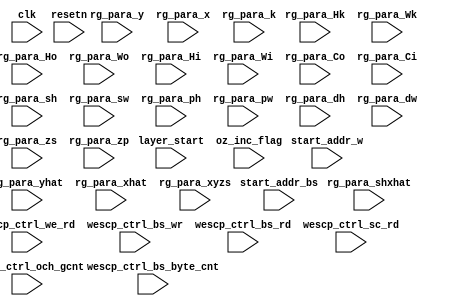
// Generator : SpinalHDL v1.7.0    git head : eca519e78d4e6022e34911ec300a432ed9db8220
// Component : weight_scheduler
// Git hash  : 4cf7f97c71a2bf6b231eea3b8cc7534ce901135c

`timescale 1ns/1ps

module weight_scheduler (
  input               layer_start,
  input      [7:0]    start_addr_bs,
  input      [7:0]    start_addr_w,
  input               oz_inc_flag,
  input               wescp_ctrl_we_rd,
  input               wescp_ctrl_bs_wr,
  input               wescp_ctrl_bs_rd,
  input               wescp_ctrl_sc_rd,
  input      [2:0]    wescp_ctrl_bs_byte_cnt,
  input      [3:0]    wescp_ctrl_och_gcnt,
  input      [5:0]    rg_para_yhat,
  input      [5:0]    rg_para_xhat,
  input      [5:0]    rg_para_y,
  input      [5:0]    rg_para_x,
  input      [7:0]    rg_para_Hk,
  input      [7:0]    rg_para_Wk,
  input      [7:0]    rg_para_Ho,
  input      [7:0]    rg_para_Wo,
  input      [7:0]    rg_para_Hi,
  input      [7:0]    rg_para_Wi,
  input      [7:0]    rg_para_Co,
  input      [7:0]    rg_para_Ci,
  input      [3:0]    rg_para_sh,
  input      [3:0]    rg_para_sw,
  input      [3:0]    rg_para_ph,
  input      [3:0]    rg_para_pw,
  input      [3:0]    rg_para_dh,
  input      [3:0]    rg_para_dw,
  input      [3:0]    rg_para_zs,
  input      [3:0]    rg_para_zp,
  input      [3:0]    rg_para_k,
  input      [5:0]    rg_para_shxhat,
  input      [6:0]    rg_para_xyzs,
  input               clk,
  input               resetn
);
  localparam IDLE = 2'd0;
  localparam LOAD_BS = 2'd1;
  localparam FIRST_FETCH = 2'd2;
  localparam PRE_FETCH = 2'd3;

  wire       [7:0]    kz_cnt;
  wire                kz_this_ov;
  wire                kz_reach_th;
  wire       [7:0]    hki_cnt;
  wire                hki_this_ov;
  wire                hki_reach_th;
  wire       [7:0]    wki_cnt;
  wire                wki_this_ov;
  wire                wki_reach_th;
  wire       [3:0]    ozi_cnt;
  wire                ozi_this_ov;
  wire                ozi_reach_th;
  wire       [6:0]    bs_cnt_cnt;
  wire                bs_cnt_this_ov;
  wire                bs_cnt_reach_th;
  wire       [6:0]    tmp_bs_cnt_th;
  wire       [6:0]    tmp_bs_cnt_th_1;
  wire       [6:0]    tmp_bs_cnt_th_2;
  wire                weight_fetch_work;
  wire                kz_sigs_inc;
  wire                kz_sigs_this_ov;
  wire                kz_sigs_reach_th;
  wire                hki_sigs_inc;
  wire                hki_sigs_this_ov;
  wire                hki_sigs_reach_th;
  wire                wki_sigs_inc;
  wire                wki_sigs_this_ov;
  wire                wki_sigs_reach_th;
  wire                ozi_sigs_inc;
  wire                ozi_sigs_this_ov;
  wire                ozi_sigs_reach_th;
  reg                 isfirst;
  wire       [6:0]    bs_cnt_th;
  reg                 bias_scale_fetch_work;
  wire                bs_ozi_sigs_inc;
  wire                bs_ozi_sigs_this_ov;
  wire                bs_ozi_sigs_reach_th;
  wire                bs_load_end;
  wire                fsm_wantExit;
  wire                fsm_wantStart;
  wire                fsm_wantKill;
  reg        [1:0]    fsm_curr_state;
  reg        [1:0]    fsm_next_state;
  `ifndef SYNTHESIS
  reg [87:0] fsm_curr_state_string;
  reg [87:0] fsm_next_state_string;
  `endif


  assign tmp_bs_cnt_th = {3'd0, rg_para_zs};
  assign tmp_bs_cnt_th_1 = (tmp_bs_cnt_th_2 <<< 2);
  assign tmp_bs_cnt_th_2 = {3'd0, rg_para_zs};
  counter kz (
    .step      (8'h01          ), //i
    .threshold (rg_para_Ci[7:0]), //i
    .inc_en    (kz_sigs_inc    ), //i
    .cnt       (kz_cnt[7:0]    ), //o
    .this_ov   (kz_this_ov     ), //o
    .reach_th  (kz_reach_th    ), //o
    .clk       (clk            ), //i
    .resetn    (resetn         )  //i
  );
  counter hki (
    .step      (8'h01          ), //i
    .threshold (rg_para_Hk[7:0]), //i
    .inc_en    (hki_sigs_inc   ), //i
    .cnt       (hki_cnt[7:0]   ), //o
    .this_ov   (hki_this_ov    ), //o
    .reach_th  (hki_reach_th   ), //o
    .clk       (clk            ), //i
    .resetn    (resetn         )  //i
  );
  counter wki (
    .step      (8'h01          ), //i
    .threshold (rg_para_Wk[7:0]), //i
    .inc_en    (wki_sigs_inc   ), //i
    .cnt       (wki_cnt[7:0]   ), //o
    .this_ov   (wki_this_ov    ), //o
    .reach_th  (wki_reach_th   ), //o
    .clk       (clk            ), //i
    .resetn    (resetn         )  //i
  );
  counter_3 ozi (
    .step      (4'b0001        ), //i
    .threshold (rg_para_zs[3:0]), //i
    .inc_en    (ozi_sigs_inc   ), //i
    .cnt       (ozi_cnt[3:0]   ), //o
    .this_ov   (ozi_this_ov    ), //o
    .reach_th  (ozi_reach_th   ), //o
    .clk       (clk            ), //i
    .resetn    (resetn         )  //i
  );
  counter_4 bs_cnt (
    .step      (7'h01          ), //i
    .threshold (bs_cnt_th[6:0] ), //i
    .inc_en    (bs_ozi_sigs_inc), //i
    .cnt       (bs_cnt_cnt[6:0]), //o
    .this_ov   (bs_cnt_this_ov ), //o
    .reach_th  (bs_cnt_reach_th), //o
    .clk       (clk            ), //i
    .resetn    (resetn         )  //i
  );
  `ifndef SYNTHESIS
  always @(*) begin
    case(fsm_curr_state)
      IDLE : fsm_curr_state_string = "IDLE       ";
      LOAD_BS : fsm_curr_state_string = "LOAD_BS    ";
      FIRST_FETCH : fsm_curr_state_string = "FIRST_FETCH";
      PRE_FETCH : fsm_curr_state_string = "PRE_FETCH  ";
      default : fsm_curr_state_string = "???????????";
    endcase
  end
  always @(*) begin
    case(fsm_next_state)
      IDLE : fsm_next_state_string = "IDLE       ";
      LOAD_BS : fsm_next_state_string = "LOAD_BS    ";
      FIRST_FETCH : fsm_next_state_string = "FIRST_FETCH";
      PRE_FETCH : fsm_next_state_string = "PRE_FETCH  ";
      default : fsm_next_state_string = "???????????";
    endcase
  end
  `endif

  assign kz_sigs_inc = hki_sigs_this_ov;
  assign hki_sigs_inc = wki_sigs_this_ov;
  assign wki_sigs_inc = ozi_sigs_this_ov;
  assign ozi_sigs_inc = weight_fetch_work;
  assign kz_sigs_this_ov = kz_this_ov;
  assign kz_sigs_reach_th = kz_reach_th;
  assign hki_sigs_this_ov = hki_this_ov;
  assign hki_sigs_reach_th = hki_reach_th;
  assign wki_sigs_this_ov = wki_this_ov;
  assign wki_sigs_reach_th = wki_reach_th;
  assign ozi_sigs_this_ov = ozi_this_ov;
  assign ozi_sigs_reach_th = ozi_reach_th;
  assign bs_ozi_sigs_inc = bias_scale_fetch_work;
  assign bs_cnt_th = (tmp_bs_cnt_th + tmp_bs_cnt_th_1);
  assign bs_ozi_sigs_this_ov = bs_cnt_this_ov;
  assign bs_ozi_sigs_reach_th = bs_cnt_reach_th;
  assign bs_load_end = bs_cnt_this_ov;
  assign fsm_wantExit = 1'b0;
  assign fsm_wantStart = 1'b0;
  assign fsm_wantKill = 1'b0;
  always @(*) begin
    fsm_next_state = fsm_curr_state;
    case(fsm_curr_state)
      LOAD_BS : begin
        if(bs_load_end) begin
          fsm_next_state = FIRST_FETCH;
        end
      end
      FIRST_FETCH : begin
      end
      PRE_FETCH : begin
      end
      default : begin
        if(layer_start) begin
          fsm_next_state = LOAD_BS;
        end
      end
    endcase
  end

  always @(posedge clk or negedge resetn) begin
    if(!resetn) begin
      isfirst <= 1'b1;
      bias_scale_fetch_work <= 1'b0;
      fsm_curr_state <= IDLE;
    end else begin
      fsm_curr_state <= fsm_next_state;
      case(fsm_curr_state)
        LOAD_BS : begin
          if(bs_load_end) begin
            bias_scale_fetch_work <= 1'b1;
          end else begin
            bias_scale_fetch_work <= 1'b0;
          end
        end
        FIRST_FETCH : begin
          isfirst <= 1'b0;
        end
        PRE_FETCH : begin
        end
        default : begin
          isfirst <= 1'b1;
          bias_scale_fetch_work <= 1'b0;
        end
      endcase
    end
  end


endmodule

module counter_4 (
  input      [6:0]    step,
  input      [6:0]    threshold,
  input               inc_en,
  output     [6:0]    cnt,
  output              this_ov,
  output              reach_th,
  input               clk,
  input               resetn
);

  reg        [6:0]    cnt_rg;

  assign reach_th = (cnt_rg == threshold);
  assign cnt = cnt_rg;
  assign this_ov = (reach_th && inc_en);
  always @(posedge clk or negedge resetn) begin
    if(!resetn) begin
      cnt_rg <= 7'h0;
    end else begin
      if(inc_en) begin
        if(reach_th) begin
          cnt_rg <= 7'h0;
        end else begin
          cnt_rg <= (cnt_rg + step);
        end
      end
    end
  end


endmodule

module counter_3 (
  input      [3:0]    step,
  input      [3:0]    threshold,
  input               inc_en,
  output     [3:0]    cnt,
  output              this_ov,
  output              reach_th,
  input               clk,
  input               resetn
);

  reg        [3:0]    cnt_rg;

  assign reach_th = (cnt_rg == threshold);
  assign cnt = cnt_rg;
  assign this_ov = (reach_th && inc_en);
  always @(posedge clk or negedge resetn) begin
    if(!resetn) begin
      cnt_rg <= 4'b0000;
    end else begin
      if(inc_en) begin
        if(reach_th) begin
          cnt_rg <= 4'b0000;
        end else begin
          cnt_rg <= (cnt_rg + step);
        end
      end
    end
  end


endmodule

//counter replaced by counter

//counter replaced by counter

module counter (
  input      [7:0]    step,
  input      [7:0]    threshold,
  input               inc_en,
  output     [7:0]    cnt,
  output              this_ov,
  output              reach_th,
  input               clk,
  input               resetn
);

  reg        [7:0]    cnt_rg;

  assign reach_th = (cnt_rg == threshold);
  assign cnt = cnt_rg;
  assign this_ov = (reach_th && inc_en);
  always @(posedge clk or negedge resetn) begin
    if(!resetn) begin
      cnt_rg <= 8'h0;
    end else begin
      if(inc_en) begin
        if(reach_th) begin
          cnt_rg <= 8'h0;
        end else begin
          cnt_rg <= (cnt_rg + step);
        end
      end
    end
  end


endmodule